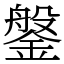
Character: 鎜